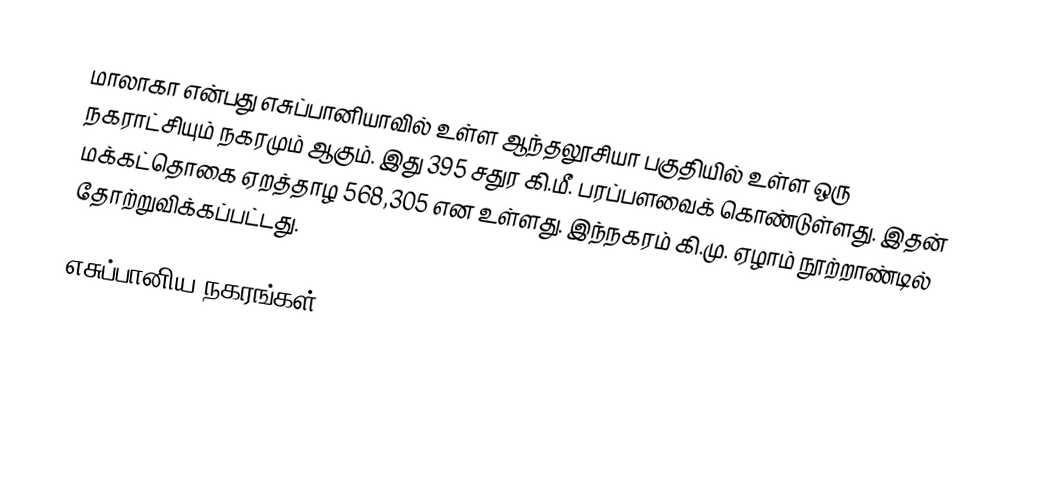
மாலாகா என்பது எசுப்பானியாவில் உள்ள ஆந்தலூசியா பகுதியில் உள்ள ஒரு நகராட்சியும் நகரமும் ஆகும். இது 395 சதுர கி.மீ. பரப்பளவைக் கொண்டுள்ளது. இதன் மக்கட்தொகை ஏறத்தாழ 568,305 என உள்ளது. இந்நகரம் கி.மு. ஏழாம் நூற்றாண்டில் தோற்றுவிக்கப்பட்டது.

எசுப்பானிய நகரங்கள்